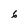
Character: 6